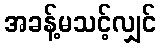
အခန့်မသင့်လျှင်